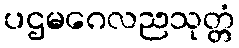
ပဌမဂေလညသုတ္တံ